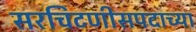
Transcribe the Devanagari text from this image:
सरचिटणीसपदाच्या